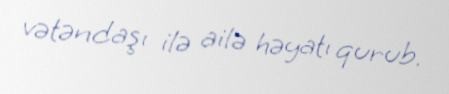
vətəndaşı ilə ailə həyatı qurub.